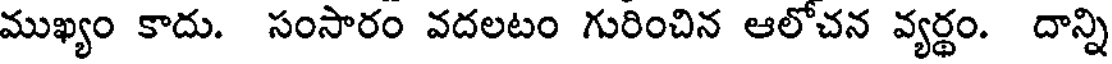
ముఖ్యం కాదు. సంసారం వదలటం గురించిన ఆలోచన వ్యర్థం. దాన్ని